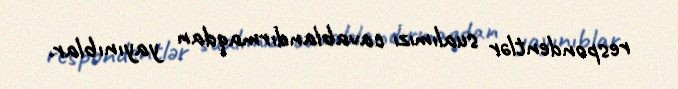
respondentlər sualımızı cavablandırmaqdan yayınıblar.